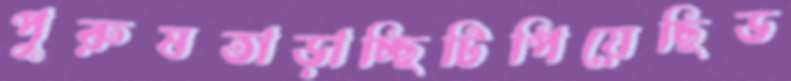
পুরুষতাড়াচ্ছিটিপিয়েছিড